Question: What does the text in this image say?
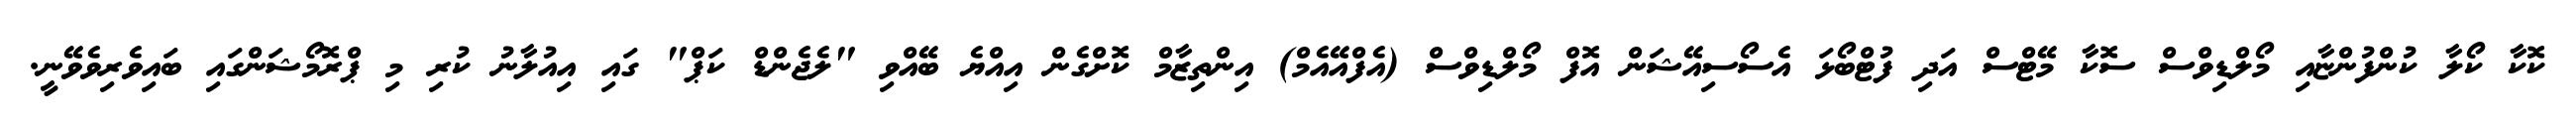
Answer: ކޮކާ ކޯލާ ކުންފުންޏާއި މޯލްޑިވްސް ސޮކާ މޭޓްސް އަދި ފުޓްބޯޅަ އެސޯސިއޭޝަން އޮފް މޯލްޑިވްސް (އެފްއޭއެމް) އިންތިޒާމް ކޮށްގެން އިއްޔެ ބޭއްވި "ލެޖެންޑް ކަޕް" ގައި އިއުލާނު ކުރި މި ޕްރޮމޯޝަންގައި ބައިވެރިވެވޭނީ.